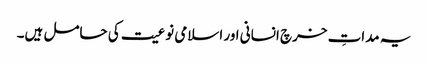
یہ مداتِ خرچ انسانی اور اسلامی نوعیت کی حامل ہیں۔